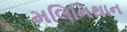
મલિનિથાન